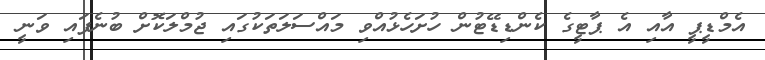
އެމްޑީޕީ އާއި އެ ޕާޓީގެ ކެންޑިޑޭޓުން ހުށަހެޅުއްވި މައްސަލަތަކުގައި ޖުމްލަކޮށް ބުނެފައި ވަނީ